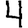
Digit: 4